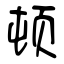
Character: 顿